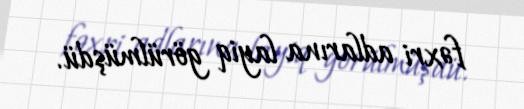
fəxri adlarına layiq görülmüşdü.